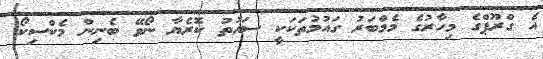
އެ ގްރޫޕްގެ މިހާރުގެ މެމްބަރު ގައުމުތަކަކީ ސައުތު ކޮރެޔާ ނޯވޭ ބެނިން މެކްސިކޯ